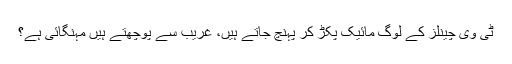
ٹی وی چینلز کے لوگ مائیک پکڑ کر پہنچ جاتے ہیں، غریب سے پوچھتے ہیں مہنگائی ہے؟